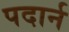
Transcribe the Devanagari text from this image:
पदार्न